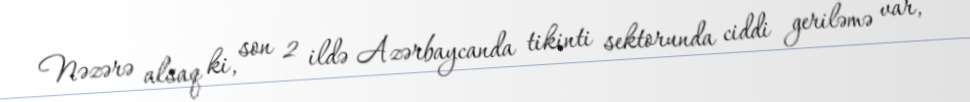
Nəzərə alsaq ki, son 2 ildə Azərbaycanda tikinti sektorunda ciddi geriləmə var,